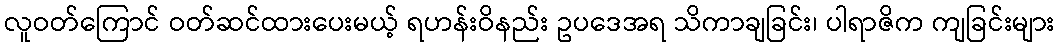
လူဝတ်ကြောင် ဝတ်ဆင်ထားပေးမယ့် ရဟန်းဝိနည်း ဥပဒေအရ သိကာချခြင်း၊ ပါရာဇိက ကျခြင်းများ